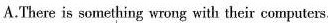
A.There is something wrong with their computers.